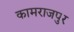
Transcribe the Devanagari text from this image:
कामराजपुर